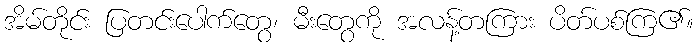
အိမ်တိုင်း ပြတင်းပေါက်တွေ၊ မီးတွေကို အလန့်တကြား ပိတ်ပစ်ကြ၏။